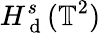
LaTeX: H_{\mathrm{~d~}}^{s}(\mathbb{T}^{2})